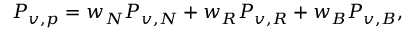
P _ { v , p } = w _ { N } P _ { v , N } + w _ { R } P _ { v , R } + w _ { B } P _ { v , B } ,